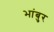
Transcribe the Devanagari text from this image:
भांबुर